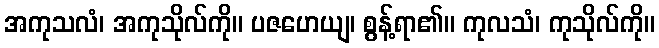
အကုသလံ၊ အကုသိုလ်ကို။ ပဇဟေယျ၊ စွန့်ရာ၏။ ကုလသံ၊ ကုသိုလ်ကို။